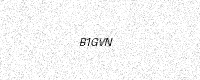
Text: B1GVN